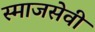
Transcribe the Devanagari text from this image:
स्माजसेवी